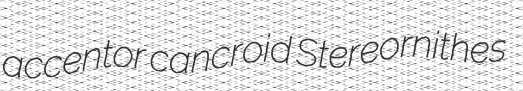
accentor cancroid Stereornithes